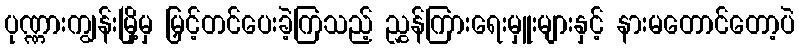
ပုဏ္ဏားကျွန်းမြို့မှ မြှင့်တင်ပေးခဲ့ကြသည့် ညွှန်ကြားရေးမှူးများနှင့် နားမတောင်တော့ပဲ